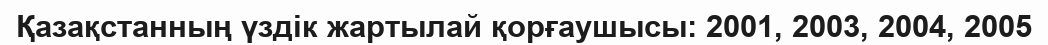
Қазақстанның үздік жартылай қорғаушысы: 2001, 2003, 2004, 2005